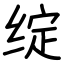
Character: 绽